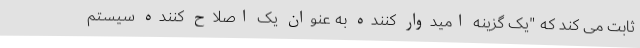
ثابت می کند که "یک گزینه امیدوار کننده به عنوان یک اصلاح کننده سیستم